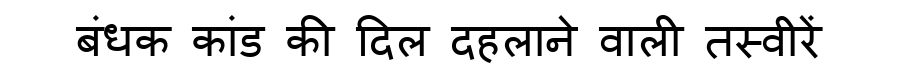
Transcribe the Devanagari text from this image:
बंधक कांड की दिल दहलाने वाली तस्वीरें